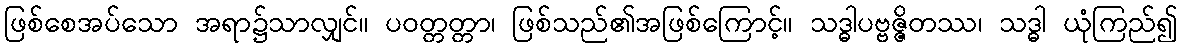
ဖြစ်စေအပ်သော အရာ၌သာလျှင်။ ပဝတ္တတ္တာ၊ ဖြစ်သည်၏အဖြစ်ကြောင့်။ သဒ္ဓါပဗ္ဗဇ္ဇိတဿ၊ သဒ္ဓါ ယုံကြည်၍